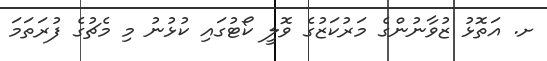
ށ. އަތޮޅު ޒުވާނުންގެ މަރުކަޒުގެ ވޮލީ ކޯޓުގައި ކުޅުނު މި މެޗުގެ ފުރަތަމަ